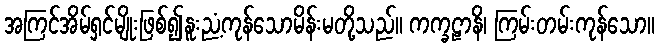
အကြင်အိမ်ရှင်မျိုးဖြစ်၍နူးညံ့ကုန်သောမိန်းမတို့သည်။ ကက္ခဠာနိ၊ ကြမ်းတမ်းကုန်သော။